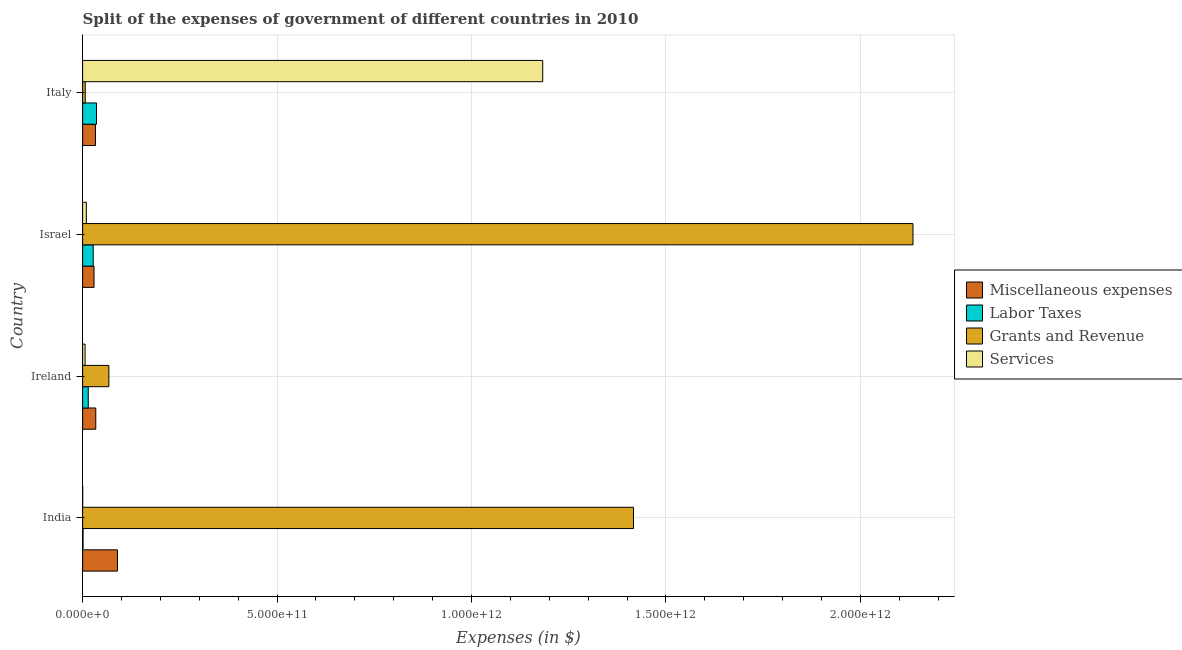
| Country | Miscellaneous expenses | Labor Taxes | Grants and Revenue | Services |
 | --- | --- | --- | --- | --- |
 | India | 8.96e+10 | 1.06e+09 | 1.42e+12 | 9.19e+07 |
 | Ireland | 3.38e+10 | 1.44e+10 | 6.75e+10 | 6.24e+09 |
 | Israel | 2.93e+10 | 2.72e+10 | 2.14e+12 | 9.53e+09 |
 | Italy | 3.3e+10 | 3.57e+10 | 6.71e+09 | 1.18e+12 |